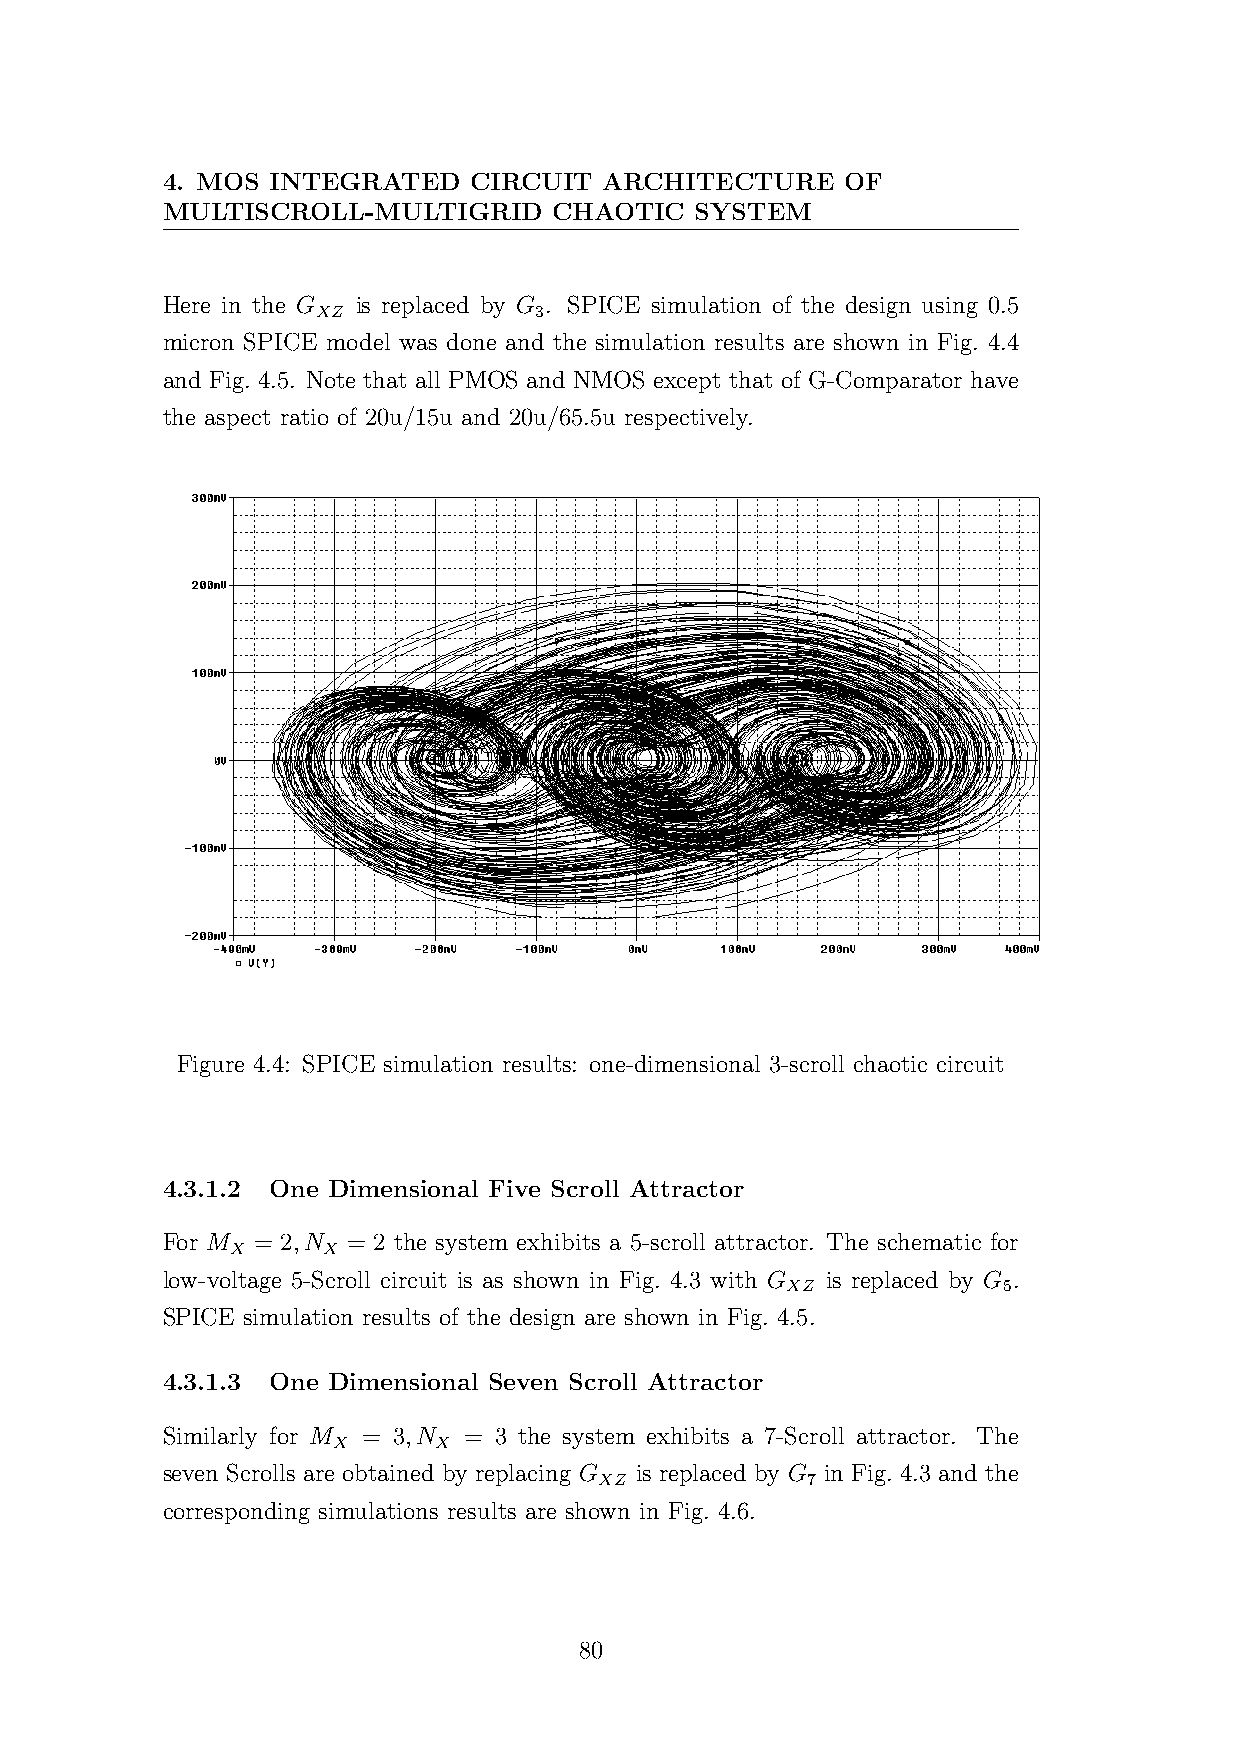
4. MOS INTEGRATED   CIRCUIT  ARCHITECTURE    OF
 MULTISCROLL-MULTIGRID     CHAOTIC  SYSTEM
 Here in the G is replaced by G . SPICE simulation of the design using 0.5
 XZ            3
 micron SPICE model was done and the simulation results are shown in Fig. 4.4
 and Fig. 4.5. Note that all PMOS and NMOS except that of G-Comparator have
 the aspect ratio of 20u/15u and 20u/65.5u respectively.
 Figure 4.4: SPICE simulation results: one-dimensional 3-scroll chaotic circuit
 4.3.1.2 One Dimensional Five Scroll Attractor
 For M = 2,N = 2 the system exhibits a 5-scroll attractor. The schematic for
 X     X
 low-voltage 5-Scroll circuit is as shown in Fig. 4.3 with G is replaced by G .
 XZ            5
 SPICE simulation results of the design are shown in Fig. 4.5.
 4.3.1.3 One Dimensional Seven Scroll Attractor
 Similarly for M = 3,N = 3 the system exhibits a 7-Scroll attractor. The
 X      X
 seven Scrolls are obtained by replacing G is replaced by G in Fig. 4.3 and the
 XZ           7
 corresponding simulations results are shown in Fig. 4.6.
 80